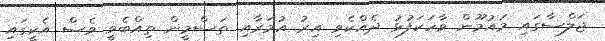
ޖަލްސާގައި މައުމޫން ވާހަކަފުޅު ދެއްކެވި އިރު އުމަރާއި ތަސްމީން ތިއްބެވީ ވެސް އެކީގައި